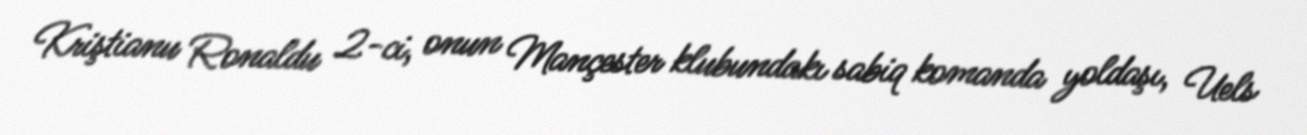
Kriştianu Ronaldu 2-ci, onun Mançester klubundakı sabiq komanda yoldaşı, Uels